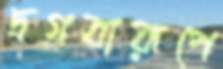
দ্রগবারূপে